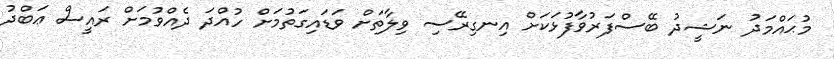
މުޙައްމަދު ނަޝީދު ބޭސްފަރުވާފުޅަކަށް އިނގިރޭސި ވިލާތަށް ވަޑައިގަތުމަށް ހުއްދަ ދެއްވުމަށް ރައީސް ޢަބްދު